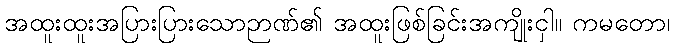
အထူးထူးအပြားပြားသောဉာဏ်၏ အထူးဖြစ်ခြင်းအကျိုးငှါ။ ကမတော၊